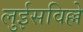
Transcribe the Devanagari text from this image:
लुईसविल्ले